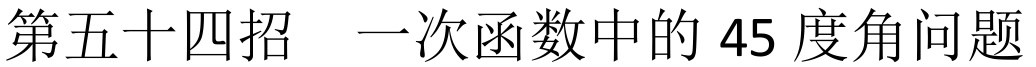
第五十四招  一次函数中的 45 度角问题